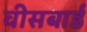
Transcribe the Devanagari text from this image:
वीसबार्ड